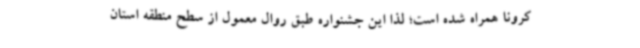
کرونا همراه شده است؛ لذا این جشنواره طبق روال معمول از سطح منطقه استان